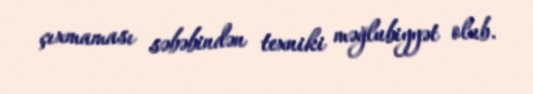
çıxmaması səbəbindən texniki məğlubiyyət olub.